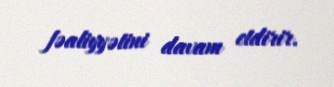
fəaliyyətini davam etdirir.